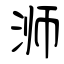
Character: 浉